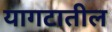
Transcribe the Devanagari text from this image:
यागटातील